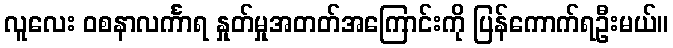
လူလေး ဝစနာလင်္ကာရ နှုတ်မှုအတတ်အကြောင်းကို ပြန်ကောက်ရဦးမယ်။